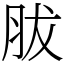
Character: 胈